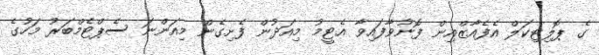
ގެ ޕޮލިޓިކަލް އެފެއާޒްއިން ފޮނުވާފައިވާ އެޓީމު މިއަދުން ފެށިގެން މިއަންނަ ސެޕްޓެމްބަރު މަހުގެ